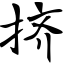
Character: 挤